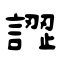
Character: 譅